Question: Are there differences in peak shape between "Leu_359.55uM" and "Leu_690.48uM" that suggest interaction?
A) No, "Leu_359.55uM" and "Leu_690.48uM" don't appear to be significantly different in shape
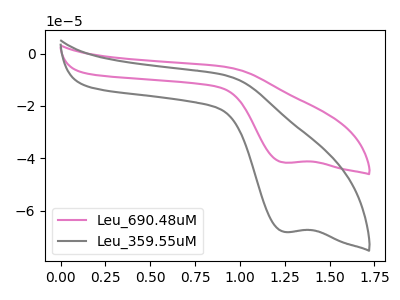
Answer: <think>The pink curve "Leu_690.48uM" has a cathodic peak at: (1.25V, -41.70uA). The gray curve "Leu_359.55uM" has a cathodic peak at: (1.25V, -68.20uA).
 All the peaks in "Leu_359.55uM" have a peak in "Leu_690.48uM" at the same potential. Every peak in "Leu_359.55uM" is higher than every peak in "Leu_690.48uM".</think>
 <answer>A) No, "Leu_359.55uM" and "Leu_690.48uM" don't appear to be significantly different in shape</answer>
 <eval>A</eval>